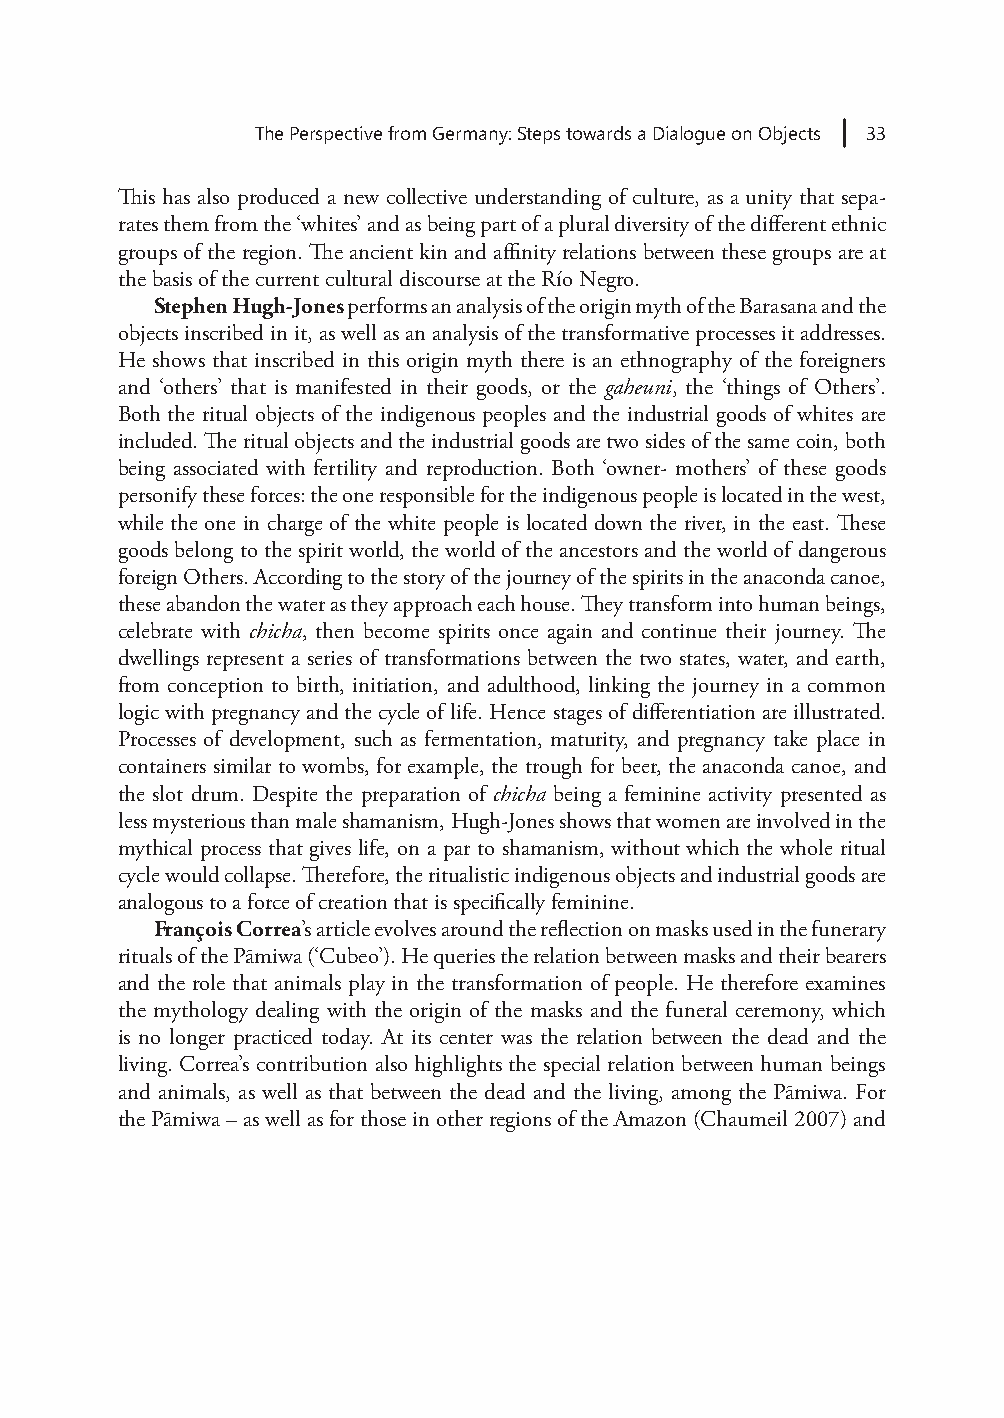
The Perspective from Germany: Steps towards a Dialogue on Objects 33
 This has also produced a new collective understanding of culture, as a unity that sepa-
 rates them from the ‘whites’ and as being part of a plural diversity of the different ethnic
 groups of the region. The ancient kin and affinity relations between these groups are at
 the basis of the current cultural discourse at the Río Negro.
 Stephen Hugh-Jones performs an analysis of the origin myth of the Barasana and the
 objects inscribed in it, as well as an analysis of the transformative processes it addresses.
 He shows that inscribed in this origin myth there is an ethnography of the foreigners
 and ‘others’ that is manifested in their goods, or the gaheuni, the ‘things of Others’.
 Both the ritual objects of the indigenous peoples and the industrial goods of whites are
 included. The ritual objects and the industrial goods are two sides of the same coin, both
 being associated with fertility and reproduction. Both ‘owner- mothers’ of these goods
 personify these forces: the one responsible for the indigenous people is located in the west,
 while the one in charge of the white people is located down the river, in the east. These
 goods belong to the spirit world, the world of the ancestors and the world of dangerous
 foreign Others. According to the story of the journey of the spirits in the anaconda canoe,
 these abandon the water as they approach each house. They transform into human beings,
 celebrate with chicha, then become spirits once again and continue their journey. The
 dwellings represent a series of transformations between the two states, water, and earth,
 from conception to birth, initiation, and adulthood, linking the journey in a common
 logic with pregnancy and the cycle of life. Hence stages of differentiation are illustrated.
 Processes of development, such as fermentation, maturity, and pregnancy take place in
 containers similar to wombs, for example, the trough for beer, the anaconda canoe, and
 the slot drum. Despite the preparation of chicha being a feminine activity presented as
 less mysterious than male shamanism, Hugh-Jones shows that women are involved in the
 mythical process that gives life, on a par to shamanism, without which the whole ritual
 cycle would collapse. Therefore, the ritualistic indigenous objects and industrial goods are
 analogous to a force of creation that is specifically feminine.
 François Correa’s article evolves around the reflection on masks used in the funerary
 rituals of the Pãmiwa (‘Cubeo’). He queries the relation between masks and their bearers
 and the role that animals play in the transformation of people. He therefore examines
 the mythology dealing with the origin of the masks and the funeral ceremony, which
 is no longer practiced today. At its center was the relation between the dead and the
 living. Correa’s contribution also highlights the special relation between human beings
 and animals, as well as that between the dead and the living, among the Pãmiwa. For
 the Pãmiwa – as well as for those in other regions of the Amazon (Chaumeil 2007) and